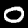
Digit: 0